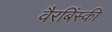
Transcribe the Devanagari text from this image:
वैरबिंस्की